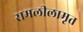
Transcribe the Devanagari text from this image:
रामलीलामृत